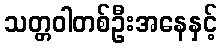
သတ္တဝါတစ်ဦးအနေနှင့်